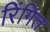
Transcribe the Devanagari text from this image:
रिंगित